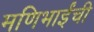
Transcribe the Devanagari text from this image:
मणिभाईंची